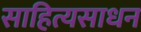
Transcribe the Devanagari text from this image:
साहित्यसाधन